Lunatic asylums Central Provinces reports 1910-1926 - 1910-1926
Year: 1910
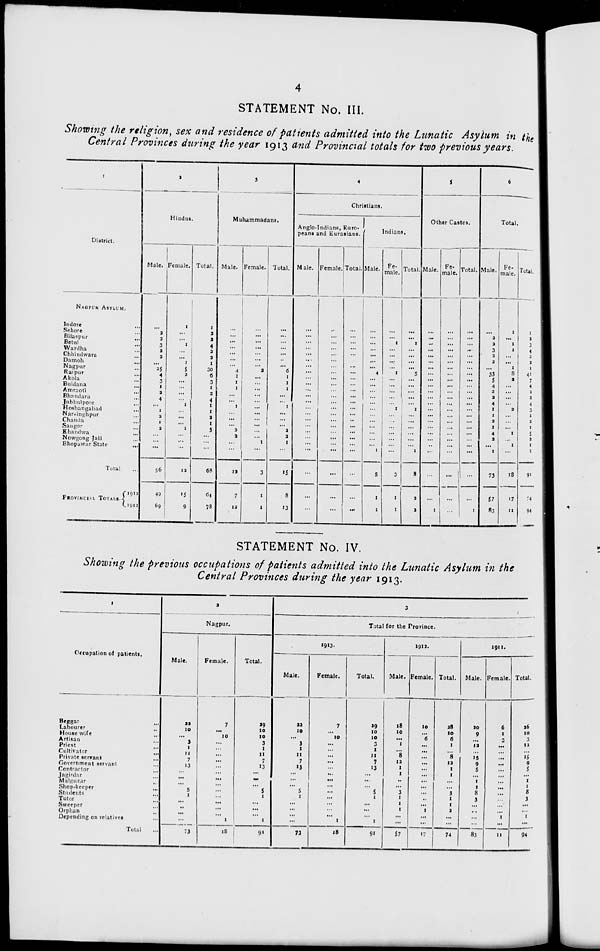
4
STATEMENT No. III.
Showing the religion, sex and residence of patients admitted into the Lunatic Asylum in the
Central Provinces during the year 1913 and Provincial totals for two previous years.
1
District.
NAGPUR ASYLUM.
Indore ...
Sehore ...
Bilaspur ...
Betul ...
Wardha ...
Chhindwara ...
Damoh ...
Nagpur ...
Raipur ...
Akola ...
Buldana ...
Amraoti ...
Bhandara ...
Jubbulpore ...
Hoshangabad ...
Narsinghpur ...
Chanda ...
Saugor ...
Khandwa ...
Nowgong Jail ...
Bhopawar State
...
Total ...
PROVINCIAL TOTALS.
1912
1911
2
Hindus.
Male.
...
2
2
3
2
2
...
25
4
3
1
2
4
...
1
2
1
2
...
...
...
56
49
69
Female.
1
...
...
1
...
...
1
5
2
...
...
...
...
1
...
...
...
1
...
...
...
12
15
9
Total.
1
2
2
4
2
2
1
30
6
3
1
2
4
1
1
2
1
3
...
...
...
68
64
78
3
Muhammadans.
Male.
...
...
...
...
...
...
...
4
1
1
1
...
...
1
...
...
...
2
2
...
...
12
7
12
Female.
...
...
...
...
...
...
...
2
...
...
...
...
...
...
...
...
...
...
...
1
...
3
1
1
Total.
...
...
...
...
...
...
...
6
1
1
1
...
...
1
...
...
...
2
2
1
...
15
8
13
4
Christians.
Anglo-Indians, Euro-
peans and Eurasians.
Male.
...
...
...
...
...
...
...
...
...
...
...
...
...
...
...
...
...
...
...
...
...
...
...
...
Female.
...
...
...
...
...
...
...
...
...
...
...
...
...
...
...
...
...
...
...
...
...
...
...
...
Total.
...
...
...
...
...
...
...
...
...
...
...
...
...
...
...
...
...
...
...
...
...
...
...
...
Indians.
Male.
...
...
...
...
...
...
...
4
...
...
...
...
...
...
...
...
...
...
...
...
1
5
1
1
Fe-
male.
...
...
1
...
...
...
...
1
...
...
...
...
...
1
...
...
...
...
...
...
...
3
1
1
Total.
...
...
1
...
...
...
...
5
...
...
...
...
...
1
...
...
...
...
...
...
1
8
2
2
5
Other Castes.
Male.
...
...
...
...
...
...
...
...
...
...
...
...
...
...
...
...
...
...
...
...
...
...
...
1
Fe-
male.
...
...
...
...
...
...
...
...
...
...
...
...
...
...
...
...
...
...
...
...
...
...
...
...
Total.
...
...
...
...
...
...
...
...
...
...
...
...
...
...
...
...
...
...
...
...
...
...
...
1
6
Total.
Male.
...
2
2
3
2
2
...
33
5
4
2
2
4
1
1
2
1
4
2
...
1
73
57
83
Fe-
male.
1
...
1
1
...
...
1
8
2
...
...
...
...
2
...
...
...
1
...
1
...
18
17
11
Total.
1
2
3
4
2
2
1
41
7
4
2
2
4
3
1
2
1
5
2
1
1
91
74
94
STATEMENT No. IV.
Showing the previous occupations of patients admitted into the Lunatic Asylum in the
Central Provinces during the year 1913.
1
Occupation of patients.
Beggar ...
Labourer ...
House wife ...
Artisan ...
Priest ...
Cultivator ...
Private servant ...
Government servant ...
Contractor ...
Jagirdar ...
Malguzar ...
Shop-keeper ...
Students ...
Tutor ...
Sweeper ...
Orphan ...
Depending on relatives ...
Total ...
2
Nagpur.
Male.
22
10
...
3
1
11
7
13
...
...
...
5
1
...
...
...
...
73
Female.
7
...
10
...
...
...
...
...
...
...
...
...
...
...
...
...
1
18
Total.
29
10
10
3
1
11
7
13
...
...
...
5
1
...
...
...
1
91
3
Total for the Province.
1913.
Male.
22
10
...
3
1
11
7
13
...
...
...
5
1
...
...
...
...
73
Female.
7
...
10
...
...
...
...
...
...
...
...
...
...
...
...
...
1
18
Total.
29
10
10
3
1
11
7
13
...
...
...
5
1
...
...
...
1
91
1912.
Male.
18
10
...
1
...
8
12
1
1
...
...
3
1
1
1
...
...
57
Female.
10
...
6
...
...
...
...
...
...
...
...
...
...
...
1
...
...
17
Total.
28
10
6
1
...
8
12
1
1
...
...
3
1
1
2
...
...
74
1911.
Male.
20
9
...
12
...
15
9
5
...
1
1
8
3
...
...
...
...
83
Female.
6
1
3
...
...
...
...
...
...
...
...
...
...
...
...
1
...
11
Total.
26
10
3
12
...
15
9
5
...
1
1
8
3
...
...
1
...
94